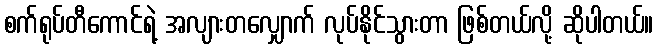
စက်ရုပ်တီကောင်ရဲ့ အလျားတလျှောက် လုပ်နိုင်သွားတာ ဖြစ်တယ်လို့ ဆိုပါတယ်။